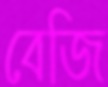
বেজি